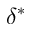
\delta ^ { \ast }